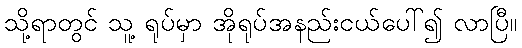
သို့ရာတွင် သူ့ ရုပ်မှာ အိုရုပ်အနည်းငယ်ပေါ်၍ လာပြီ။